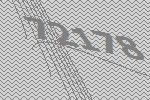
72178